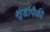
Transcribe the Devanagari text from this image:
शुंडांपैकी